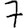
Digit: 7